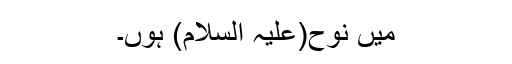
میں نوح(علیہ السلام) ہوں۔